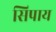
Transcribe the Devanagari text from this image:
सिपाय